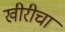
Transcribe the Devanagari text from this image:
खीरीचा